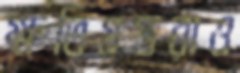
ক্ষতিগ্রস্তরাও